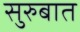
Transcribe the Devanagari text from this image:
सुरुबात